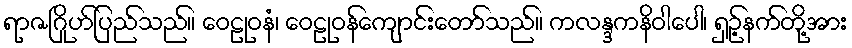
ရာဇဂြိုဟ်ပြည်သည်။ ဝေဠုဝနံ၊ ဝေဠုဝန်ကျောင်းတော်သည်။ ကလန္ဒကနိဝါပေါ၊ ရှဉ့်နက်တို့အား